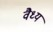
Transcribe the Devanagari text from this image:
वैध्य